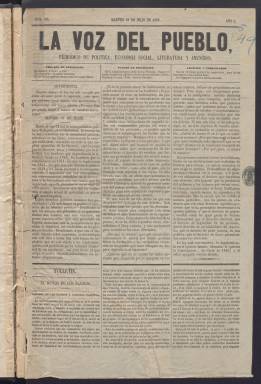
Título: La Voz del pueblo (Madrid. 1853)
Colección: Periódicos
Ámbito geográfico: Madrid
Lugar de publicación: Madrid
Fechas: 19/07/1853-11/09/1853